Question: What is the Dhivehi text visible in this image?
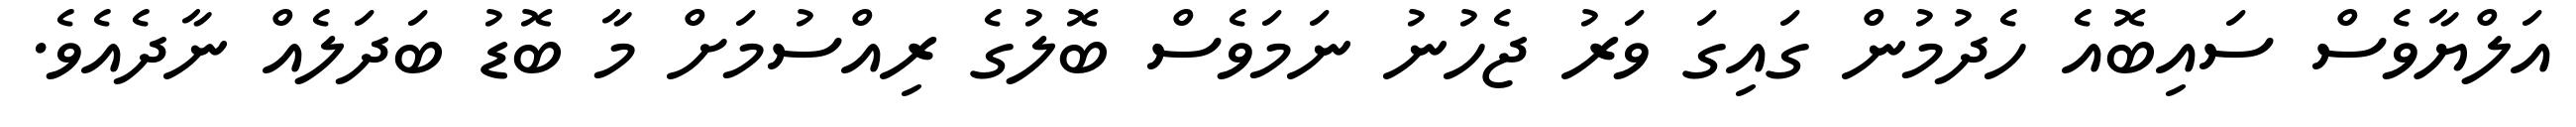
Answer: އަލްޔާވެސް ސައިބޮއެ ހެދުމުން ގައިގަ ވަރު ޖެހުނު ނަމަވެސް ބޮލުގެ ރިއްސުމަށް މާ ބޮޑު ބަދަލެއް ނާދެއެވެ.